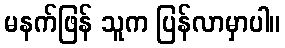
မနက်ဖြန် သူက ပြန်လာမှာပါ။